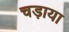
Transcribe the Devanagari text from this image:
चड़ाया